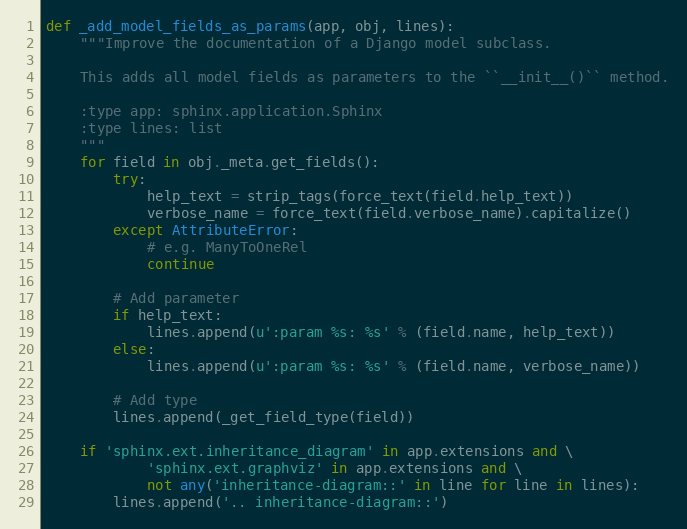
Language: Python
def _add_model_fields_as_params(app, obj, lines):
    """Improve the documentation of a Django model subclass.

    This adds all model fields as parameters to the ``__init__()`` method.

    :type app: sphinx.application.Sphinx
    :type lines: list
    """
    for field in obj._meta.get_fields():
        try:
            help_text = strip_tags(force_text(field.help_text))
            verbose_name = force_text(field.verbose_name).capitalize()
        except AttributeError:
            # e.g. ManyToOneRel
            continue

        # Add parameter
        if help_text:
            lines.append(u':param %s: %s' % (field.name, help_text))
        else:
            lines.append(u':param %s: %s' % (field.name, verbose_name))

        # Add type
        lines.append(_get_field_type(field))

    if 'sphinx.ext.inheritance_diagram' in app.extensions and \
            'sphinx.ext.graphviz' in app.extensions and \
            not any('inheritance-diagram::' in line for line in lines):
        lines.append('.. inheritance-diagram::')